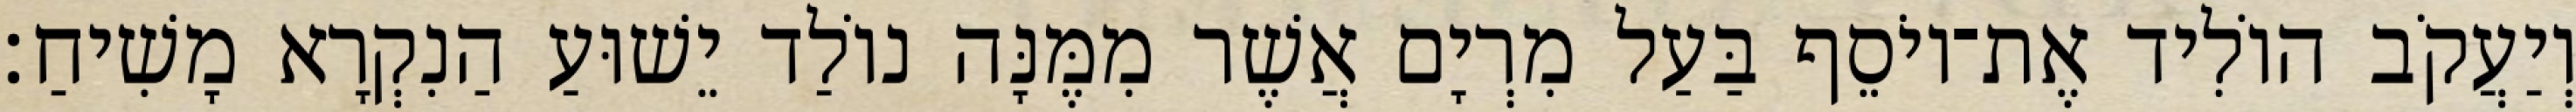
וְיַעֲקֹב הוֹלִיד אֶת־יוֹסֵף בַּעַל מִרְיָם אֲשֶׁר מִמֶּנָּה נוֹלַד יֵשׁוּעַ הַנִקְרָא מָשִׁיחַ׃